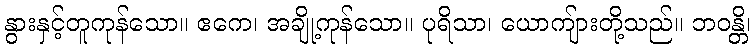
နွားနှင့်တူကုန်သော။ ဧကေ၊ အချို့ကုန်သော။ ပုရိသာ၊ ယောကျ်ားတို့သည်။ ဘဝန္တိ၊